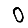
Digit: 0